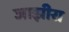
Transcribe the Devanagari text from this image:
जाझीरा